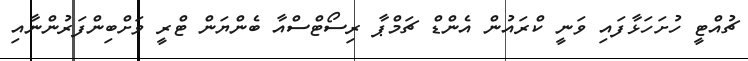
ޗުއްޓީ ހުށަހަޅާފައި ވަނީ ކްރައުން އެންޑް ޗަމްޕާ ރިސޯޓްސްއާ ބެންޔަން ޓްރީ ވަށްބިންފަރުންނާއި